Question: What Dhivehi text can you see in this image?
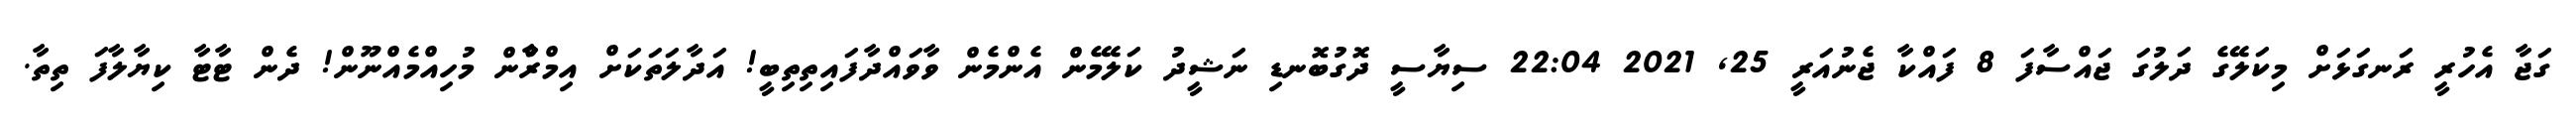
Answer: ގަޖާ އެހުރީ ރަނގަޅަށް މިކަލޭގެ ދަލުގަ ޖައްސާފަ 8 ފައްކާ ޖެނުއަރީ 25, 2021 22:04 ސިޔާސީ ދޮގުބޮނޑި ނަޝީދު ކަލޭމެން އެންމެން ވާވައްދާފައިތިތިބީ! އަދާލަތަކަށް އިމްރާްން މުހިއްމެއްނޫން! ދެން ޓާޓާ ކިޔާލާފަ ތިތާ.